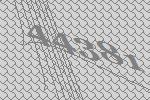
44381